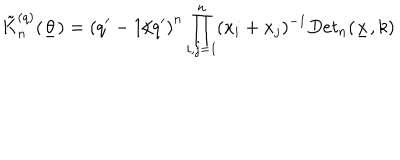
\tilde { K } _ { n } ^ { ( q ) } ( \underline { { { \theta } } } ) = \left( q ^ { \prime } - 1 / q ^ { \prime } \right) ^ { n } \prod _ { i , j = 1 } ^ { n } ( x _ { i } + x _ { j } ) ^ { - 1 } D e t _ { n } ( \underline { { { x } } } , k )